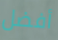
أفضل